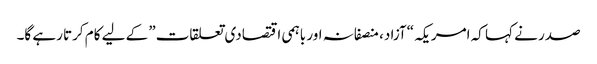
صدر نے کہا کہ امریکہ “آزاد، منصفانہ اور باہمی اقتصادی تعلقات” کے لیے کام کرتا رہے گا۔